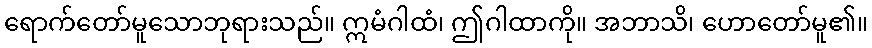
ရောက်တော်မူသောဘုရားသည်။ ဣမံဂါထံ၊ ဤဂါထာကို။ အဘာသိ၊ ဟောတော်မူ၏။